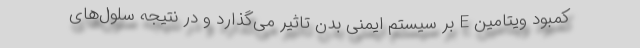
کمبود ویتامین E بر سیستم ایمنی بدن تاثیر می‌گذارد و در نتیجه سلول‌های